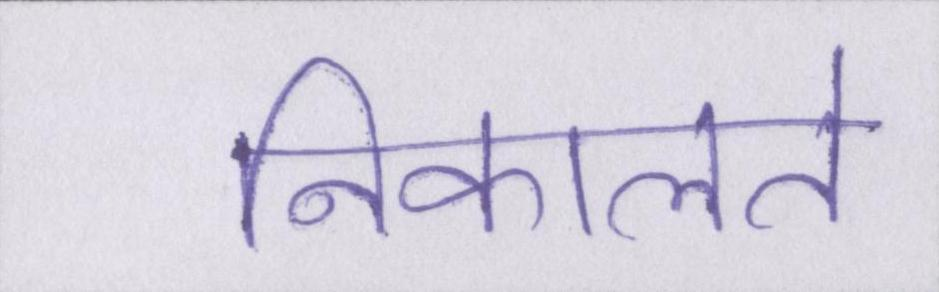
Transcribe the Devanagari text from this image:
निकालते